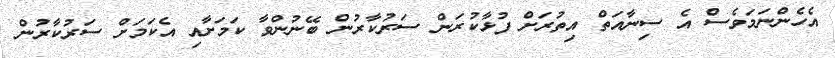
އެހެންނަމަވެސް އެ ސިނާއަތް އިތުރަށް ފުޅާކުރަން ސަރުކާރުން ބޭނުންވާ ކަމަށާއި އެކަމަށް ސަރުކާރުން